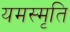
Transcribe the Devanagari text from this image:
यमस्मृति